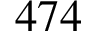
4 7 4